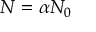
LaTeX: N = \alpha N _ { 0 }